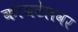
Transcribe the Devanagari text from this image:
कायटेलवर